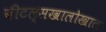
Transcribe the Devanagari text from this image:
बीटल्सखालोखाल